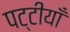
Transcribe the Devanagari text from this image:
पट्टीयाँ